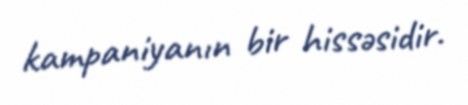
kampaniyanın bir hissəsidir.